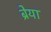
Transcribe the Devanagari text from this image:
ब्रेया